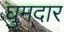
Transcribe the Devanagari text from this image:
घुमदार